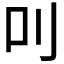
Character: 𠮧